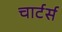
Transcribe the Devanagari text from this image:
चार्टर्स